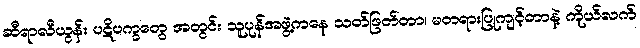
ဆီရာလီယွန်း ပဋိပက္ခတွေ အတွင်း သူပုန်အဖွဲ့ကနေ သတ်ဖြတ်တာ၊ မတရားပြုကျင့်တာနဲ့ ကိုယ်လက်